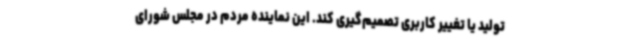
تولید یا تغییر کاربری تصمیم‌گیری کند. این نماینده مردم در مجلس شورای